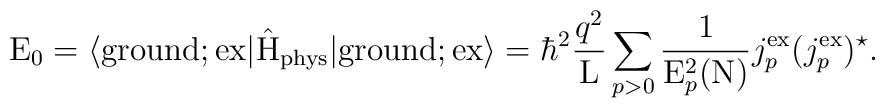
{\rm E}_0 = \langle {\rm ground};{\rm ex}| \hat{\rm H}_{\rm phys} |{\rm ground};{\rm ex} \rangle ={\hbar}^2 \frac{q^2}{\rm L} \sum_{p>0} \frac{1}{{\rm E}_p^2({\rm N})}j_p^{\rm ex} (j_p^{\rm ex})^{\star}.